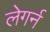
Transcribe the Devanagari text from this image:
लेगर्न